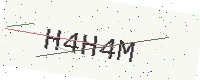
Text: H4H4M